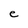
Character: e